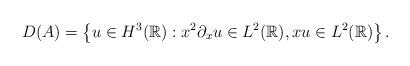
LaTeX: \begin{align*}D(A) = \left\{ u \in H^3(\mathbb{R}) : x^2 \partial_x u \in L^2(\mathbb{R}), x u \in L^2(\mathbb{R}) \right\}.\end{align*}